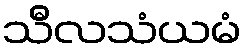
သီလသံယမံ